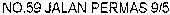
NO.59 JALAN PERMAS 9/5